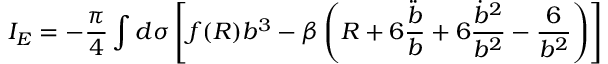
I _ { E } = - \frac { \pi } { 4 } \int d \sigma \left[ f ( R ) b ^ { 3 } - \beta \left( R + 6 \frac { \ddot { b } } { b } + 6 \frac { \dot { b } ^ { 2 } } { b ^ { 2 } } - \frac { 6 } { b ^ { 2 } } \right) \right]